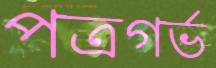
পত্রগর্ভ